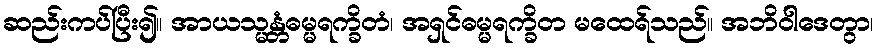
ဆည်းကပ်ပြီး၍။ အာယသ္မန္တံဓမ္မရက္ခိတံ၊ အရှင်ဓမ္မရက္ခိတ မထေရ်သည်။ အဘိဝါဒေတွာ၊